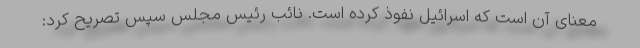
معنای آن است که اسرائیل نفوذ کرده است. نائب رئیس مجلس سپس تصریح کرد: